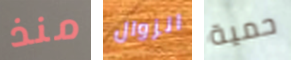
منذ الزوال حمية